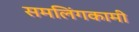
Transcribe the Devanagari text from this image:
समलिंगकामी